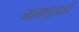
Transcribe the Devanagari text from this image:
नागापूरवाडी